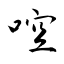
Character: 啌